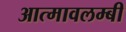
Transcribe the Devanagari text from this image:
आत्मावलम्बी